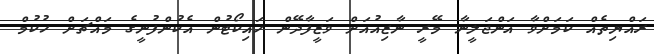
ރައްޔިތެއް ކަމަށްވާ އަންޖަލީނާ މޭރީ ނާޒިއުއަށް ވަޒީފާދޭން ހައިކޯޓުން އެކުންފުނީގެ މައްޗަށް ހުކުމް